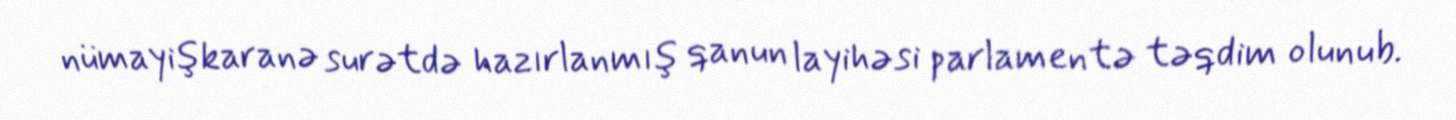
nümayişkaranə surətdə hazırlanmış qanun layihəsi parlamentə təqdim olunub.